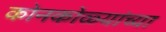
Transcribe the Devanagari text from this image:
कोनकोळ्यांच्या